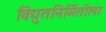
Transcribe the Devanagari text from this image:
विद्युतनिर्मितीला